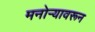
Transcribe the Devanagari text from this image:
मनोर्‍यावरून